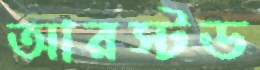
আরস্টড